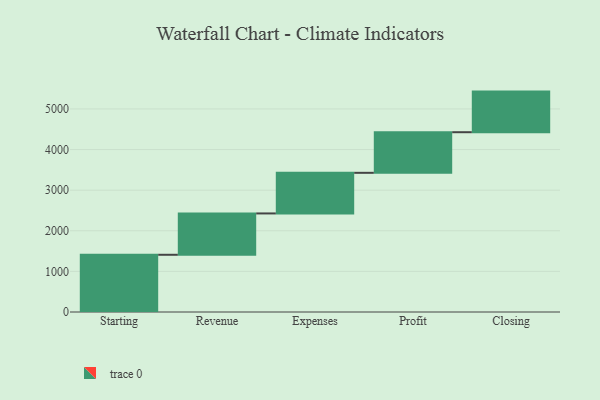
{"axis": {"x": "Step", "y": "Value"}, "legend": [""], "data": [{"x": "Starting", "y": 1409.0, "type": ""}, {"x": "Revenue", "y": 1018.0, "type": ""}, {"x": "Expenses", "y": 1000, "type": ""}, {"x": "Profit", "y": 1000, "type": ""}, {"x": "Closing", "y": 1000, "type": ""}]}